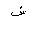
Letter: _shin